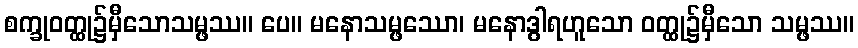
စက္ခုဝတ္ထု၌မှီသောသမ္ဖဿ။ ပေ။ မနောသမ္ဖဿော၊ မနောဒွါရဟူသော ဝတ္ထု၌မှီသော သမ္ဖဿ။